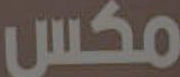
مكس